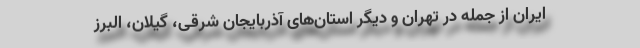
ایران از جمله در تهران و دیگر استان‌های آذربایجان شرقی، گیلان، البرز